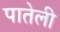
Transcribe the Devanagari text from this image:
पातेली